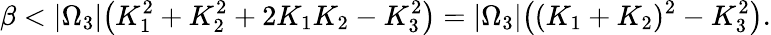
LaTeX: \beta<|\Omega_{3}|\big(K_{1}^{2}+K_{2}^{2}+2K_{1}K_{2}-K_{3}^{2}\big)=|\Omega_{3}|\big((K_{1}+K_{2})^{2}-K_{3}^{2}\big).